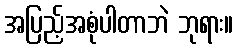
အပြည့်အစုံပါတာဘဲ ဘုရား။